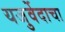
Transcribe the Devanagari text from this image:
यजुर्वेदाचा